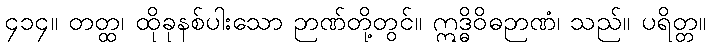
၄၁၄။ တတ္ထ၊ ထိုခုနစ်ပါးသော ဉာဏ်တို့တွင်။ ဣဒ္ဓိဝိဓဉာဏံ၊ သည်။ ပရိတ္တ။